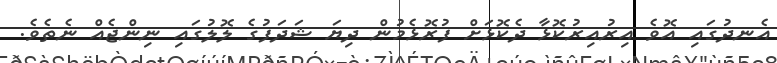
އެނދުގައި އޮވެ އިރުއިރުކޮޅާ ދެކޮޅަށް ފުރޮޅެމުން ދިޔަ ޝަދަފުގެ ލޮލުގައި ނިންޖެއް ނެތެވެ.